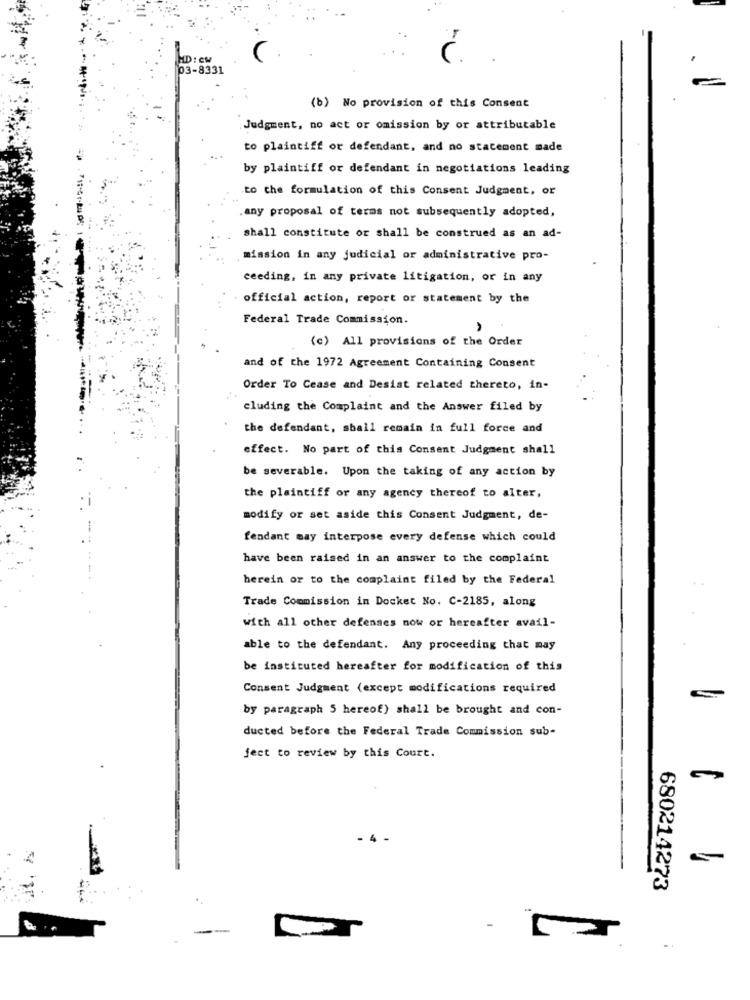
HID: CM
03-8331
(b) No provision of this Consent
Judgment, no act or omission by or attributable
to plaintiff or defendant, and no statement made
by plaintiff or defendant in negotiations leading
to the formulation of this Consent Judgment, or
any proposal of terms not subsequently adopted,
shall constitute or shall be construed as an ad-
mission in any judicial or administrative pro-
ceeding, in any private litigation, or in any
official action, report or statement by the
Federal Trade Commission.
(c) All provisions of the Order
and of the 1972 Agreement Containing Consent
Order To Cease and Desiat related thereto, in-
cluding the Complaint and the Answer filed by
the defendant, shall remain in full force and
effect. No part of this Consent Judgment shall
be severable. Upon the taking of any action by
the plaintiff or any agency thereof to alter,
modify or set aside this Consent Judgment, de-
-
fendant may interpose every defense which could
have been raised in an answer to the complaint
herein or to the complaint filed by the Federal
Trade Commission in Docket No. C-2185, along
with all other defenses now or hereafter avail-
able to the defendant. Any proceeding that may
be instituted hereafter for modification of this
Consent Judgment (except modifications required
by paragraph 5 hereof) shall be brought and con-
ducted before the Federal Trade Commission sub-
fect to review by this Court.
- 4
680214273
--
..